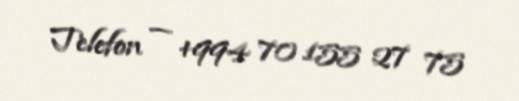
Telefon — +994 70 155 27 75